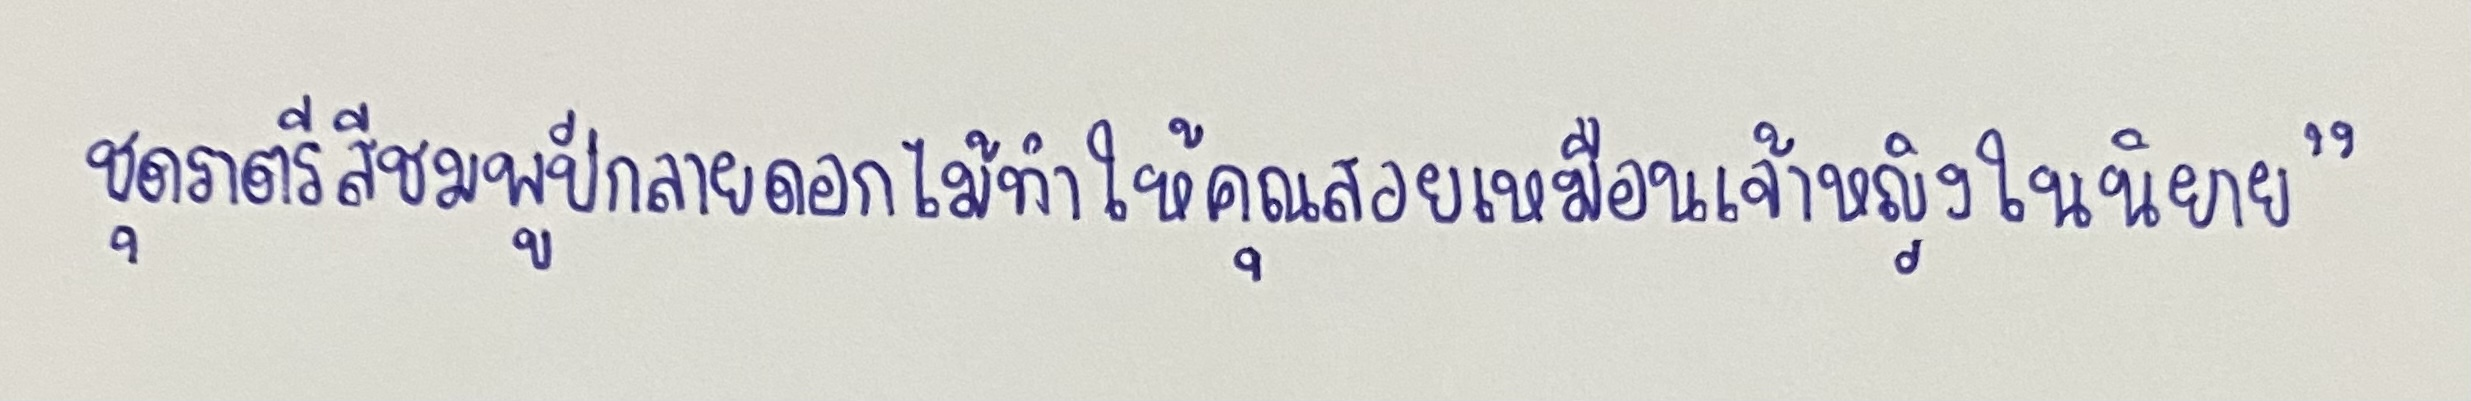
ชุดราตรีสีชมพูปักลายดอกไม้ทำให้คุณสวยเหมือนเจ้าหญิงในนิยาย"